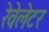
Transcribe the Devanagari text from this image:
रेवेलेटर